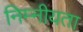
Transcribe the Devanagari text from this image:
निम्नीयता